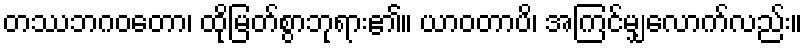
တဿဘဂဝတော၊ ထိုမြတ်စွာဘုရား၏။ ယာဝတာပိ၊ အကြင်မျှလောက်လည်း။